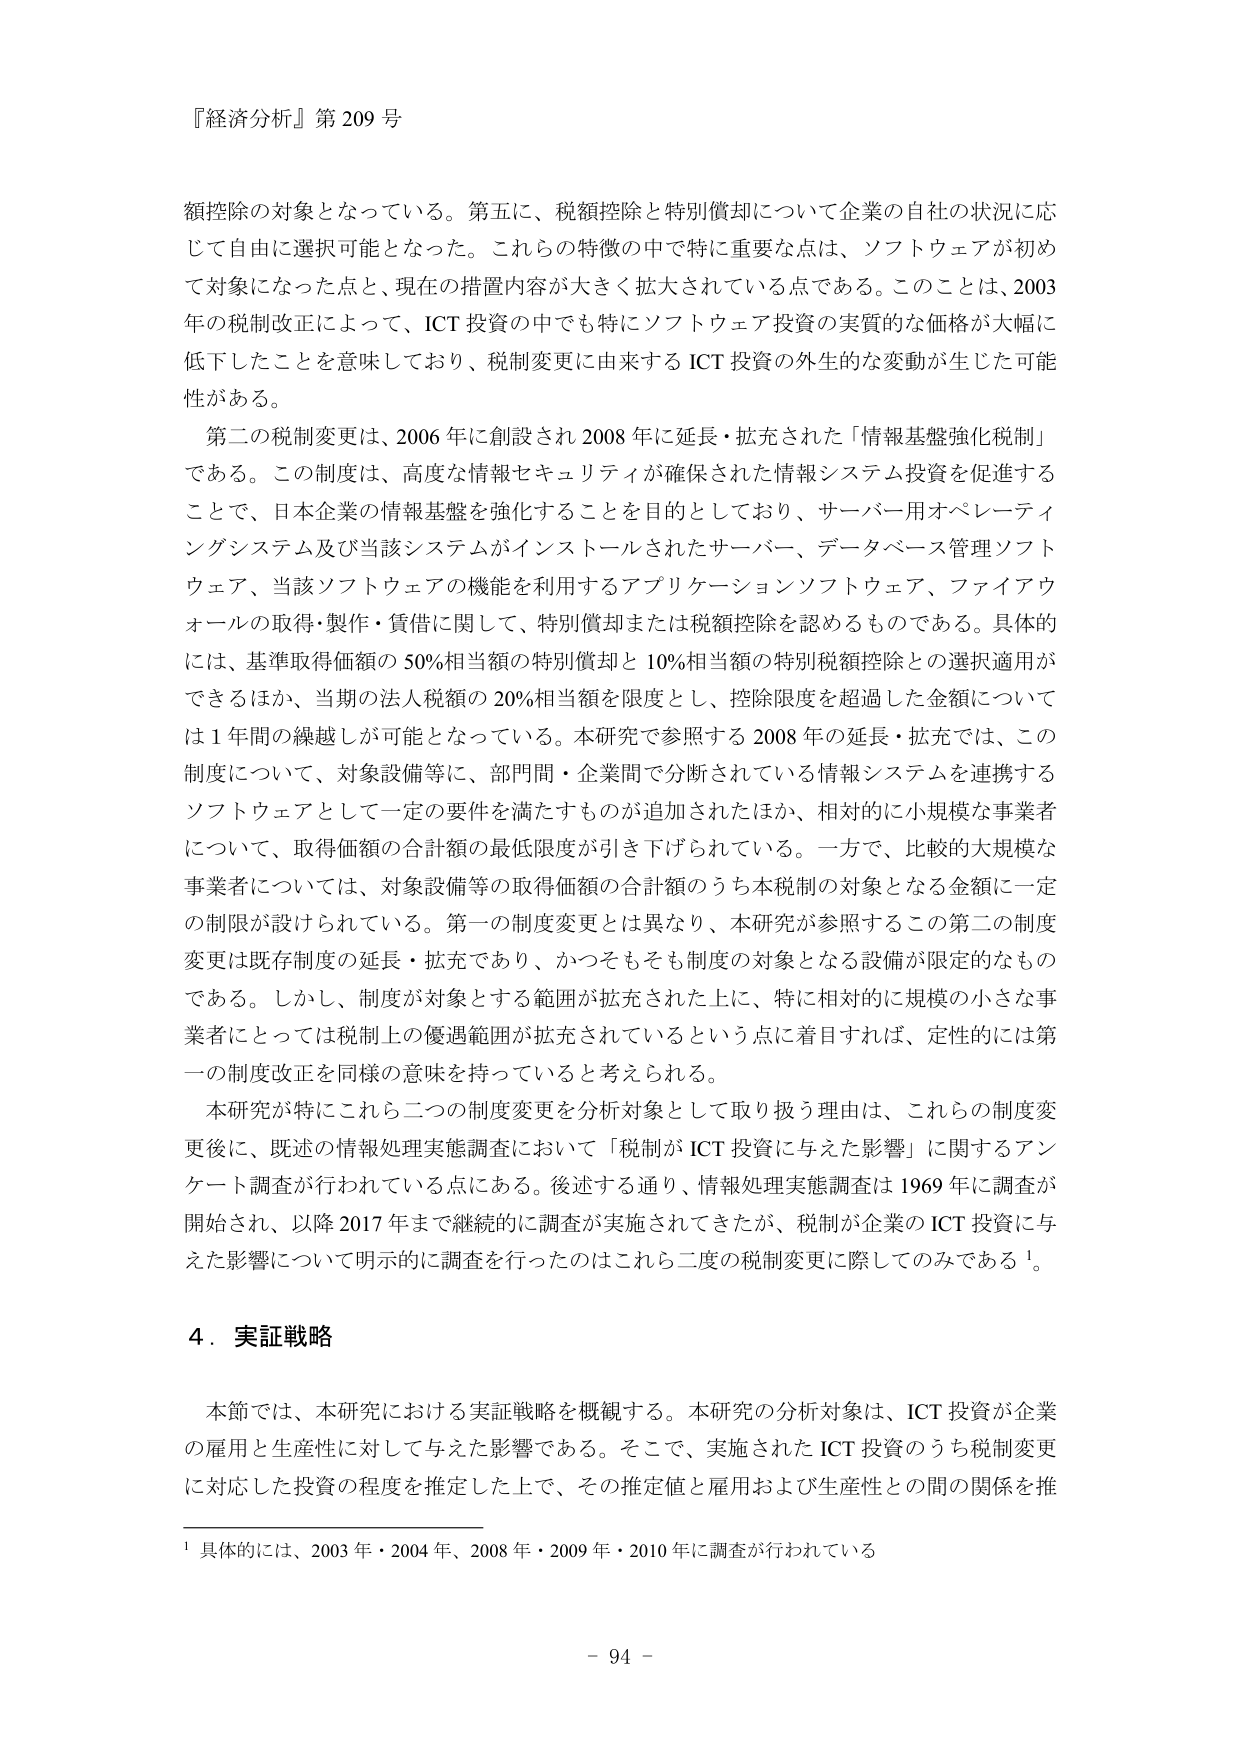
『経済分析』第209号

額控除の対象となっている。第五に、税額控除と特別償却について企業の自社の状況に応じて自由に選択可能となった。これらの特徴の中で特に重要な点は、ソフトウェアが初めて対象になった点と、現在の措置内容が大きく拡大されている点である。このことは、2003年の税制改正によって、ICT投資の中でも特にソフトウェア投資の実質的な価格が大幅に低下したことを意味しており、税制変更に由来するICT投資の外生的な変動が生じた可能性がある。

第二の税制変更は、2006年に創設され2008年に延長・拡充された「情報基盤強化税制」である。この制度は、高度な情報セキュリティが確保された情報システム投資を促進することで、日本企業の情報基盤を強化することを目的としており、サーバー用オペレーティングシステム及び当該システムがインストールされたサーバー、データベース管理ソフトウェア、当該ソフトウェアの機能を利用するアプリケーションソフトウェア、ファイアウォールの取得・製作・賃借に関して、特別償却または税額控除を認めるものである。具体的には、基準取得価額の50%相当額の特別償却と10%相当額の特別税額控除との選択適用ができるほか、当期の法人税額の20%相当額を限度とし、控除限度を超過した金額については1年間の繰越しが可能となっている。本研究で参照する2008年の延長・拡充では、この制度について、対象設備等に、部門間・企業間で分断されている情報システムを連携するソフトウェアとして一定の要件を満たすものが追加されたほか、相対的に小規模な事業者について、取得価額の合計額の最低限度が引き下げられている。一方で、比較的大規模な事業者については、対象設備等の取得価額の合計額のうち本税制の対象となる金額に一定の制限が設けられている。第一の制度変更とは異なり、本研究が参照するこの第二の制度変更は既存制度の延長・拡充であり、かつそもそも制度の対象となる設備が限定的なものである。しかし、制度が対象とする範囲が拡充された上に、特に相対的に規模の小さな事業者にとっては税制上の優遇範囲が拡充されているという点に着目すれば、定性的には第一の制度改正を同様の意味を持っていると考えられる。

本研究が特にこれら二つの制度変更を分析対象として取り扱う理由は、これらの制度変更後に、既述の情報処理実態調査において「税制がICT投資に与えた影響」に関するアンケート調査が行われている点にある。後述する通り、情報処理実態調査は1969年に調査が開始され、以降2017年まで継続的に調査が実施されてきたが、税制が企業のICT投資に与えた影響について明示的に調査を行ったのはこれら二度の税制変更に際してのみである¹。

4．実証戦略

本節では、本研究における実証戦略を概観する。本研究の分析対象は、ICT投資が企業の雇用と生産性に対して与えた影響である。そこで、実施されたICT投資のうち税制変更に対応した投資の程度を推定した上で、その推定値と雇用および生産性との間の関係を推

¹ 具体的には、2003年・2004年、2008年・2009年・2010年に調査が行われている

- 94 -